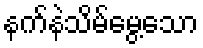
နက်နဲသိမ်မွေ့သော